Report on vaccination in the Province of Bengal - 1874-1889
Year: 1874
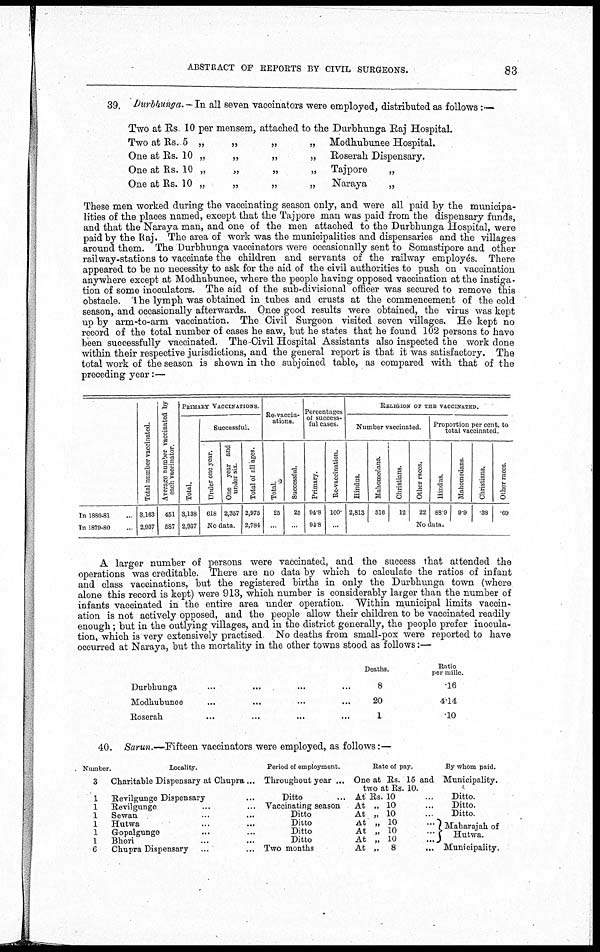
ABSTRACT OF REPORTS BY CIVIL SURGEONS.
83
39. Durbhunga.-In all seven vaccinators were employed, distributed as follows :—
Two at Rs. 10 per mensem, attached to the Durbhunga Raj Hospital.
Two at Rs. 5 „
„
„
„ Modhubunee Hospital.
One at Rs. 10 „
„
„
„ Roserah Dispensary.
One at Rs. 10 „
„
„
„ Tajpore
„
One at Rs. 10 „
„
„
„ Naraya
„
These men worked during the vaccinating season only, and were all paid by the municipa-
lities of the places named, except that the Tajpore man was paid from the dispensary funds,
and that the Naraya man, and one of the men attached to the Durbhunga Hospital, were
paid by the Raj. The area of work was the municipalities and dispensaries and the villages
around them. The Durbhunga vaccinators were occasionally sent to Somastipore and other
railway-stations to vaccinate the children and servants of the railway employés. There
appeared to be no necessity to ask for the aid of the civil authorities to push on vaccination
anywhere except at Modhubunee, where the people having opposed vaccination at the instiga-
tion of some inoculators. The aid of the sub-divisional officer was secured to remove this
obstacle. The lymph was obtained in tubes and crusts at the commencement of the cold
season, and occasionally afterwards. Once good results were obtained, the virus was kept
up by arm-to-arm vaccination. The Civil Surgeon visited seven villages. He kept no
record of the total number of cases he saw, but he states that he found 102 persons to have
been successfully vaccinated. The Civil Hospital Assistants also inspected the work done
within their respective jurisdictions, and the general report is that it was satisfactory. The
total work of the season is shown in the subjoined table, as compared with that of the
preceding year:—
In 1880-81...
In 1879-80...
Total number vaccinated.
3,163
2,937
Average number vaccinated by
each vaccinator.
451
587
PRIMARY VACCINATIONS.
Total.
3,138
2,937
Successful.
Under one year.
618
One year and
under six.
2,357
No data.
Total of all ages.
2,975
2,784
Re-vaccin-
ations.
Total.
25
...
Successful.
25
...
Percentages
of success-
ful cases.
Primary.
94.8
94.8
Re-vaccination.
100.
...
RELIGION OF THE VACCINATED.
Number vaccinated.
Hindus.
2,813
Mahomedans.
316
Christians.
12
Other races.
22
Proportion per cent. to
total vaccinated.
Hindus.
88.9
Mahomedans.
9.9
Christians.
.38
Other races.
.69
No data.
A larger number of persons were vaccinated, and the success that attended the
operations was creditable. There are no data by which to calculate the ratios of infant
and class vaccinations, but the registered births in only the Durbhunga town (where
alone this record is kept) were 913, which number is considerably larger than the number of
infants vaccinated in the entire area under operation. Within municipal limits vaccin-
ation is not actively opposed, and the people allow their children to be vaccinated readily
enough; but in the outlying villages, and in the district generally, the people prefer inocula-
tion, which is very extensively practised. No deaths from small-pox were reported to have
occurred at Naraya, but the mortality in the other towns stood as follows:—
Durbhunga... ... ... ...
Modhubunee... ... ... ...
Roserah... ... ...
Deaths.
8
20
1
Ratio
per mille.
.16
4.14
.10
40. Sarun.—Fifteen vaccinators were employed, as follows:—
Number.
3
1
1
1
1
1
1
6
Locality.
Charitable Dispensary at Chupra...
Revilgunge Dispensary...
Revilgunge... ...
Sewan... ...
Hutwa... ...
Gopalgunge... ...
Bhori... ...
Chupra Dispensary...
Period of employment.
Throughout year ...
Ditto...
Vaccinating season...
Ditto
Ditto
Ditto
Ditto
Two months
Rate of pay.
One at Rs.
two at Rs
At Rs. 10
At „ 10
At „ 10
At „ 10
At „ 10
At „ 10
At „ 8
15 and
10.
...
...
...
...
...
....
...
By whom paid.
Municipality.
Ditto.
Ditto.
Ditto.
Maharajah of
Hutwa.
Municipality.